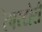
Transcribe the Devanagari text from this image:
रेपरटोरी